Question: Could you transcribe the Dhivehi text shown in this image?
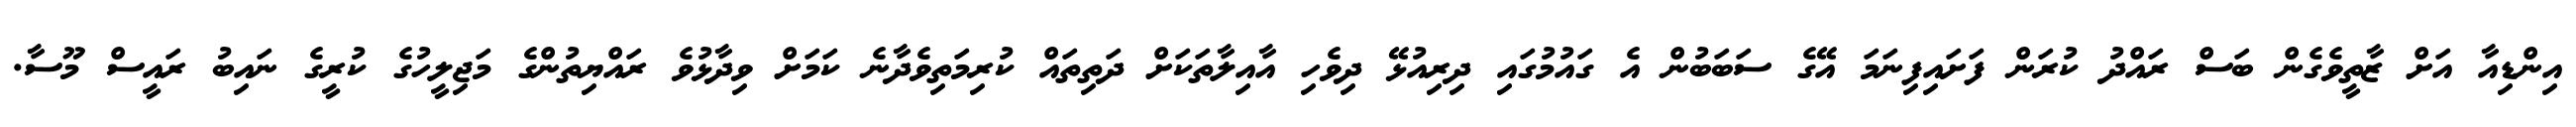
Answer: އިންޑިއާ އަށް ޒާތީވެގެން ބަސް ރައްދު ކުރަން ފަށައިފިނަމަ އޭގެ ސަބަބުން އެ ގައުމުގައި ދިރިއުޅޭ ދިވެހި އާއިލާތަކަށް ދަތިތައް ކުރިމަތިވެދާނެ ކަމަށް ވިދާޅުވެ ރައްޔިތުންގެ މަޖިލީހުގެ ކުރީގެ ނައިބު ރައީސް މޫސާ.